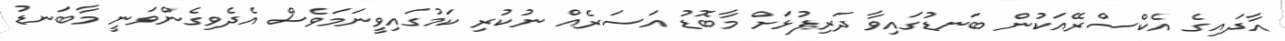
އާދައިގެ އެކްސްރޭއަކުން ބަނޑުގައިވާ ދަރިފުޅަށް މާބޮޑު އަސަރެއް ނުކުރި ކަމުގައިވީނަމަވެސް އެދެވިގެންވަނީ މާބަނޑު